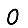
Digit: 0